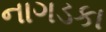
નાગડકા